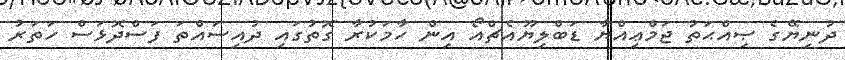
ދުނިޔޭގެ ޞިއްޙަތު ޖަމްޢިއްޔާ ޑަބްލިޔޫއެޗްއޯ އިން ހާމަކުރާ ގޮތުގައި ދުއިސައްތަ ފަސްދޮޅަސް ހަތަރު